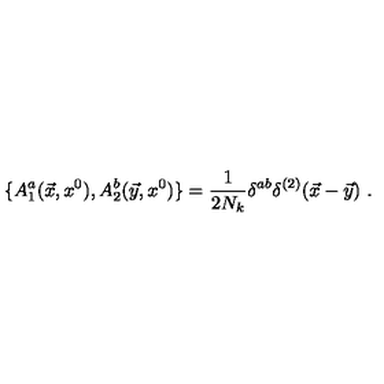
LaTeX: \{ A _ { 1 } ^ { a } ( \vec { x } , x ^ { 0 } ) , A _ { 2 } ^ { b } ( \vec { y } , x ^ { 0 } ) \} = \frac { 1 } { 2 N _ { k } } \delta ^ { a b } \delta ^ { ( 2 ) } ( \vec { x } - \vec { y } ) \ .